Calcutta medical institutions reports 1892-1900
Year: 1892
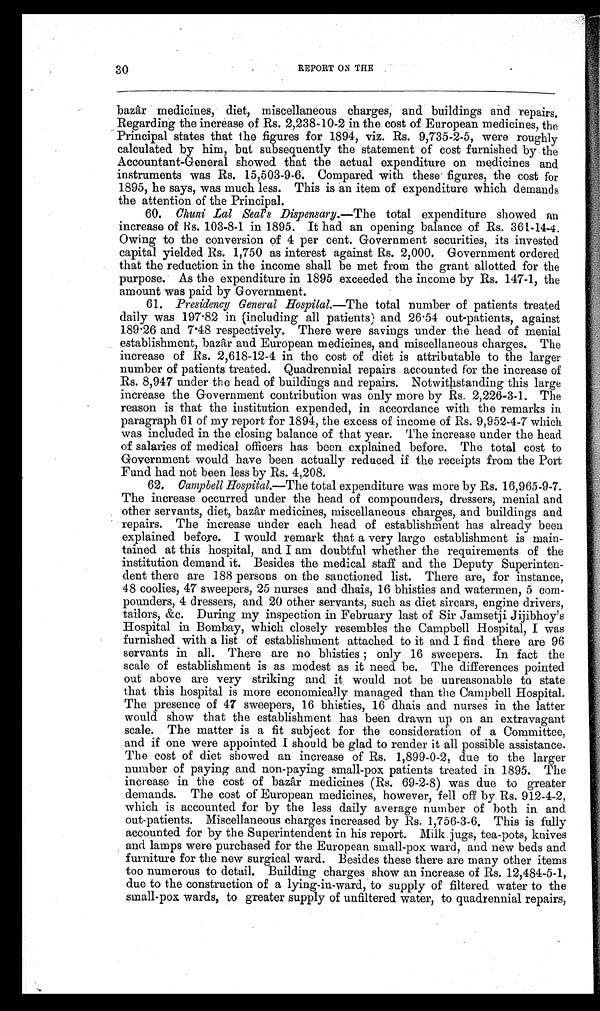
30
REPORT ON THE
bazâr medicines, diet, miscellaneous charges, and buildings and repairs.
Regarding the increase of Rs. 2,238-10-2 in the cost of European medicines, the
Principal states that the figures for 1894, viz. Rs. 9,735-2-5, were roughly
calculated by him, but subsequently the statement of cost furnished by the
Accountant-General showed that the actual expenditure on medicines and
instruments was Rs. 15,503-9-6. Compared with these figures, the cost for
1895, he says, was much less. This is an item of expenditure which demands
the attention of the Principal.
60.
Chuni _Lal Seals Dispensary.— The total expenditure showed an
increase of Rs. 103-8-1 in 1895. It had an opening balance of Rs. 361-14-4.
Owing to the conversion of 4 per cent. Government securities, its invested
capital yielded Rs. 1,750 as interest against Rs. 2,000. Government ordered
that the reduction in the income shall be met from the grant allotted for the
purpose. As the expenditure in 1895 exceeded the income by Rs. 147-1, the
amount was paid by Government.
61. Presidency General Hospital.— The total number of patients treated
daily was 197 . 82 in (including all patients) and 26 . 54 out-patients, against
189 . 26 and 7.48 respectively. There were savings under the head of menial
establishment, bazâr and European medicines, and miscellaneous charges. The
increase of Rs. 2,618-12-4 in the cost of diet is attributable to the larger
number of patients treated. Quadrennial repairs accounted for the increase of
Rs. 8,947 under the head of buildings and repairs. Notwithstanding this large
increase the Government contribution was only more by Rs.2,226-3-1. The
reason is that the institution expended, in accordance with the remarks in
paragraph 61 of my report for 1894, the excess of income of Rs. 9,952-4-7 which
was included in the closing balance of that year. The increase under the head.
of salaries of medical officers has been explained before. The total cost to
Government would have been actually reduced if the receipts from the Port
Fund had not been less by Rs. 4,208.
62. Campbell Hospital.—The total expenditure was more by Rs. 16,965-9-7.
The increase occurred under the head of compounders, dressers, menial and
other servants, diet, bazâr medicines, miscellaneous charges, and buildings and
repairs. The increase under each head of establishment has already been
explained before. I would remark that a very large establishment is main-
tained at this hospital, and I am doubtful whether the requirements of the
institution demand it. Besides the medical staff and the Deputy Superinten-
dent there are 188 persons on the sanctioned list. There are, for instance,
48 coolies, 47 sweepers, 25 nurses and dhais, 16 bhisties and watermen, 5 com-
pounders, 4 dressers, and 20 other servants, such as diet sircars, engine drivers,
tailors, &c. During my inspection in February last of Sir Jamsetji Jijibhoy's
Hospital in Bombay, which closely resembles the Campbell Hospital, I was
furnished with a list of establishment attached to it and I find there are 96
servants in all. There are no bhisties only 16 sweepers. In fact the
scale of establishment is as modest as it need be. The differences pointed
out above are very striking and it would not be unreasonable to state
that this hospital is more economically managed than the Campbell Hospital.
The presence of 47 sweepers, 16 bhisties, 16 dhais and nurses in the latter
would show that the establishment has been drawn up on an extravagant
scale. The matter is a fit subject for the consideration of a Committee,
and if one were appointed I should be glad to render it all possible assistance.
The cost of diet showed an increase of Rs. 1,899-0-2, due to the larger
number of paying and non-paying small-pox patients treated in 1895. The
increase in the cost of bazâr medicines (Rs. 69-2-8) was due to greater
demands. The cost of European medicines, however, fell off by Rs. 912-4-2,
which is accounted for by the less daily average number of both in and
out-patients. Miscellaneous charges increased by 1,756-3-6. This is fully
accounted for by the Superintendent in his report. Milk.jugs, tea-pots, knives
and lamps were purchased for the European small-pox ward, and new beds and.
furniture for the new surgical ward. Besides these there are many other items
too numerous to detail. Building charges show an increase of Rs. 12,484-5-1,
due to the construction of a lying-in-ward, to supply of filtered water to the
small-pox wards, to greater supply of unfiltered water, to quadrennial repairs,